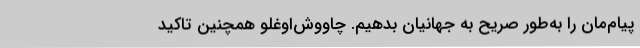
پیام‌مان را به‌طور صریح به جهانیان بدهیم. چاووش‌اوغلو همچنین تاکید